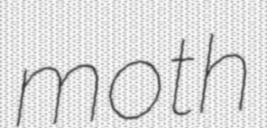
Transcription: moth